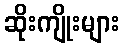
ဆိုးကျိုးများ